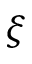
\xi